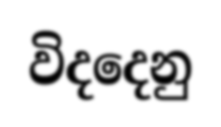
විදදෙනු